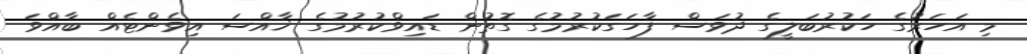
މި އަހަރުގެ ހަކުރުބަލީގެ ދުވަސް ފާހަގަކުރުމުގެ ގޮތުން ޑައިވްކުރުމުގެ ޚާއްސަ އިވެންޓެއް ބާއްވަ